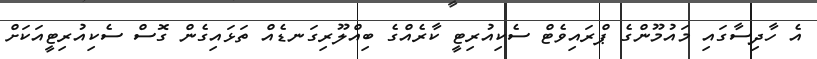
އެ ހާދިސާގައި މައުމޫންގެ ޕްރައިވެޓް ސެކިއުރިޓީ ކާރެއްގެ ބިއްލޫރިގަނޑެއް ތަޅައިގެން ގޮސް ސެކިއުރިޓީއަކަށް